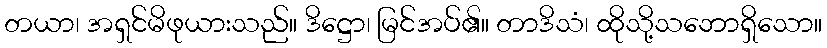
တယာ၊ အရှင်မိဖုယားသည်။ ဒိဋ္ဌော၊ မြင်အပ်၏။ တာဒိသံ၊ ထိုသို့သဘောရှိသော။